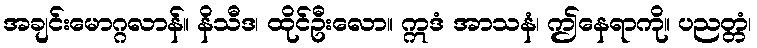
အချင်းမောဂ္ဂလာန်။ နိသီဒ၊ ထိုင်ဦးလော။ ဣဒံ အာသနံ၊ ဤနေရာကို။ ပညတ္တံ၊